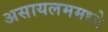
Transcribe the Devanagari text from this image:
असायलममध्ये